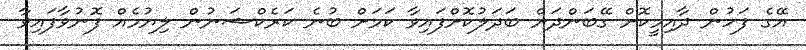
އޭގެ ފަހުން ދާއިމީކޮށް ގޭބަންދަށް ބަދަލުކޮށްފައިވާ ކަމަށް ބުނެ ކަރެކްޝަނުން ލިޔުމެއް ފޮނުވާފައިވާ